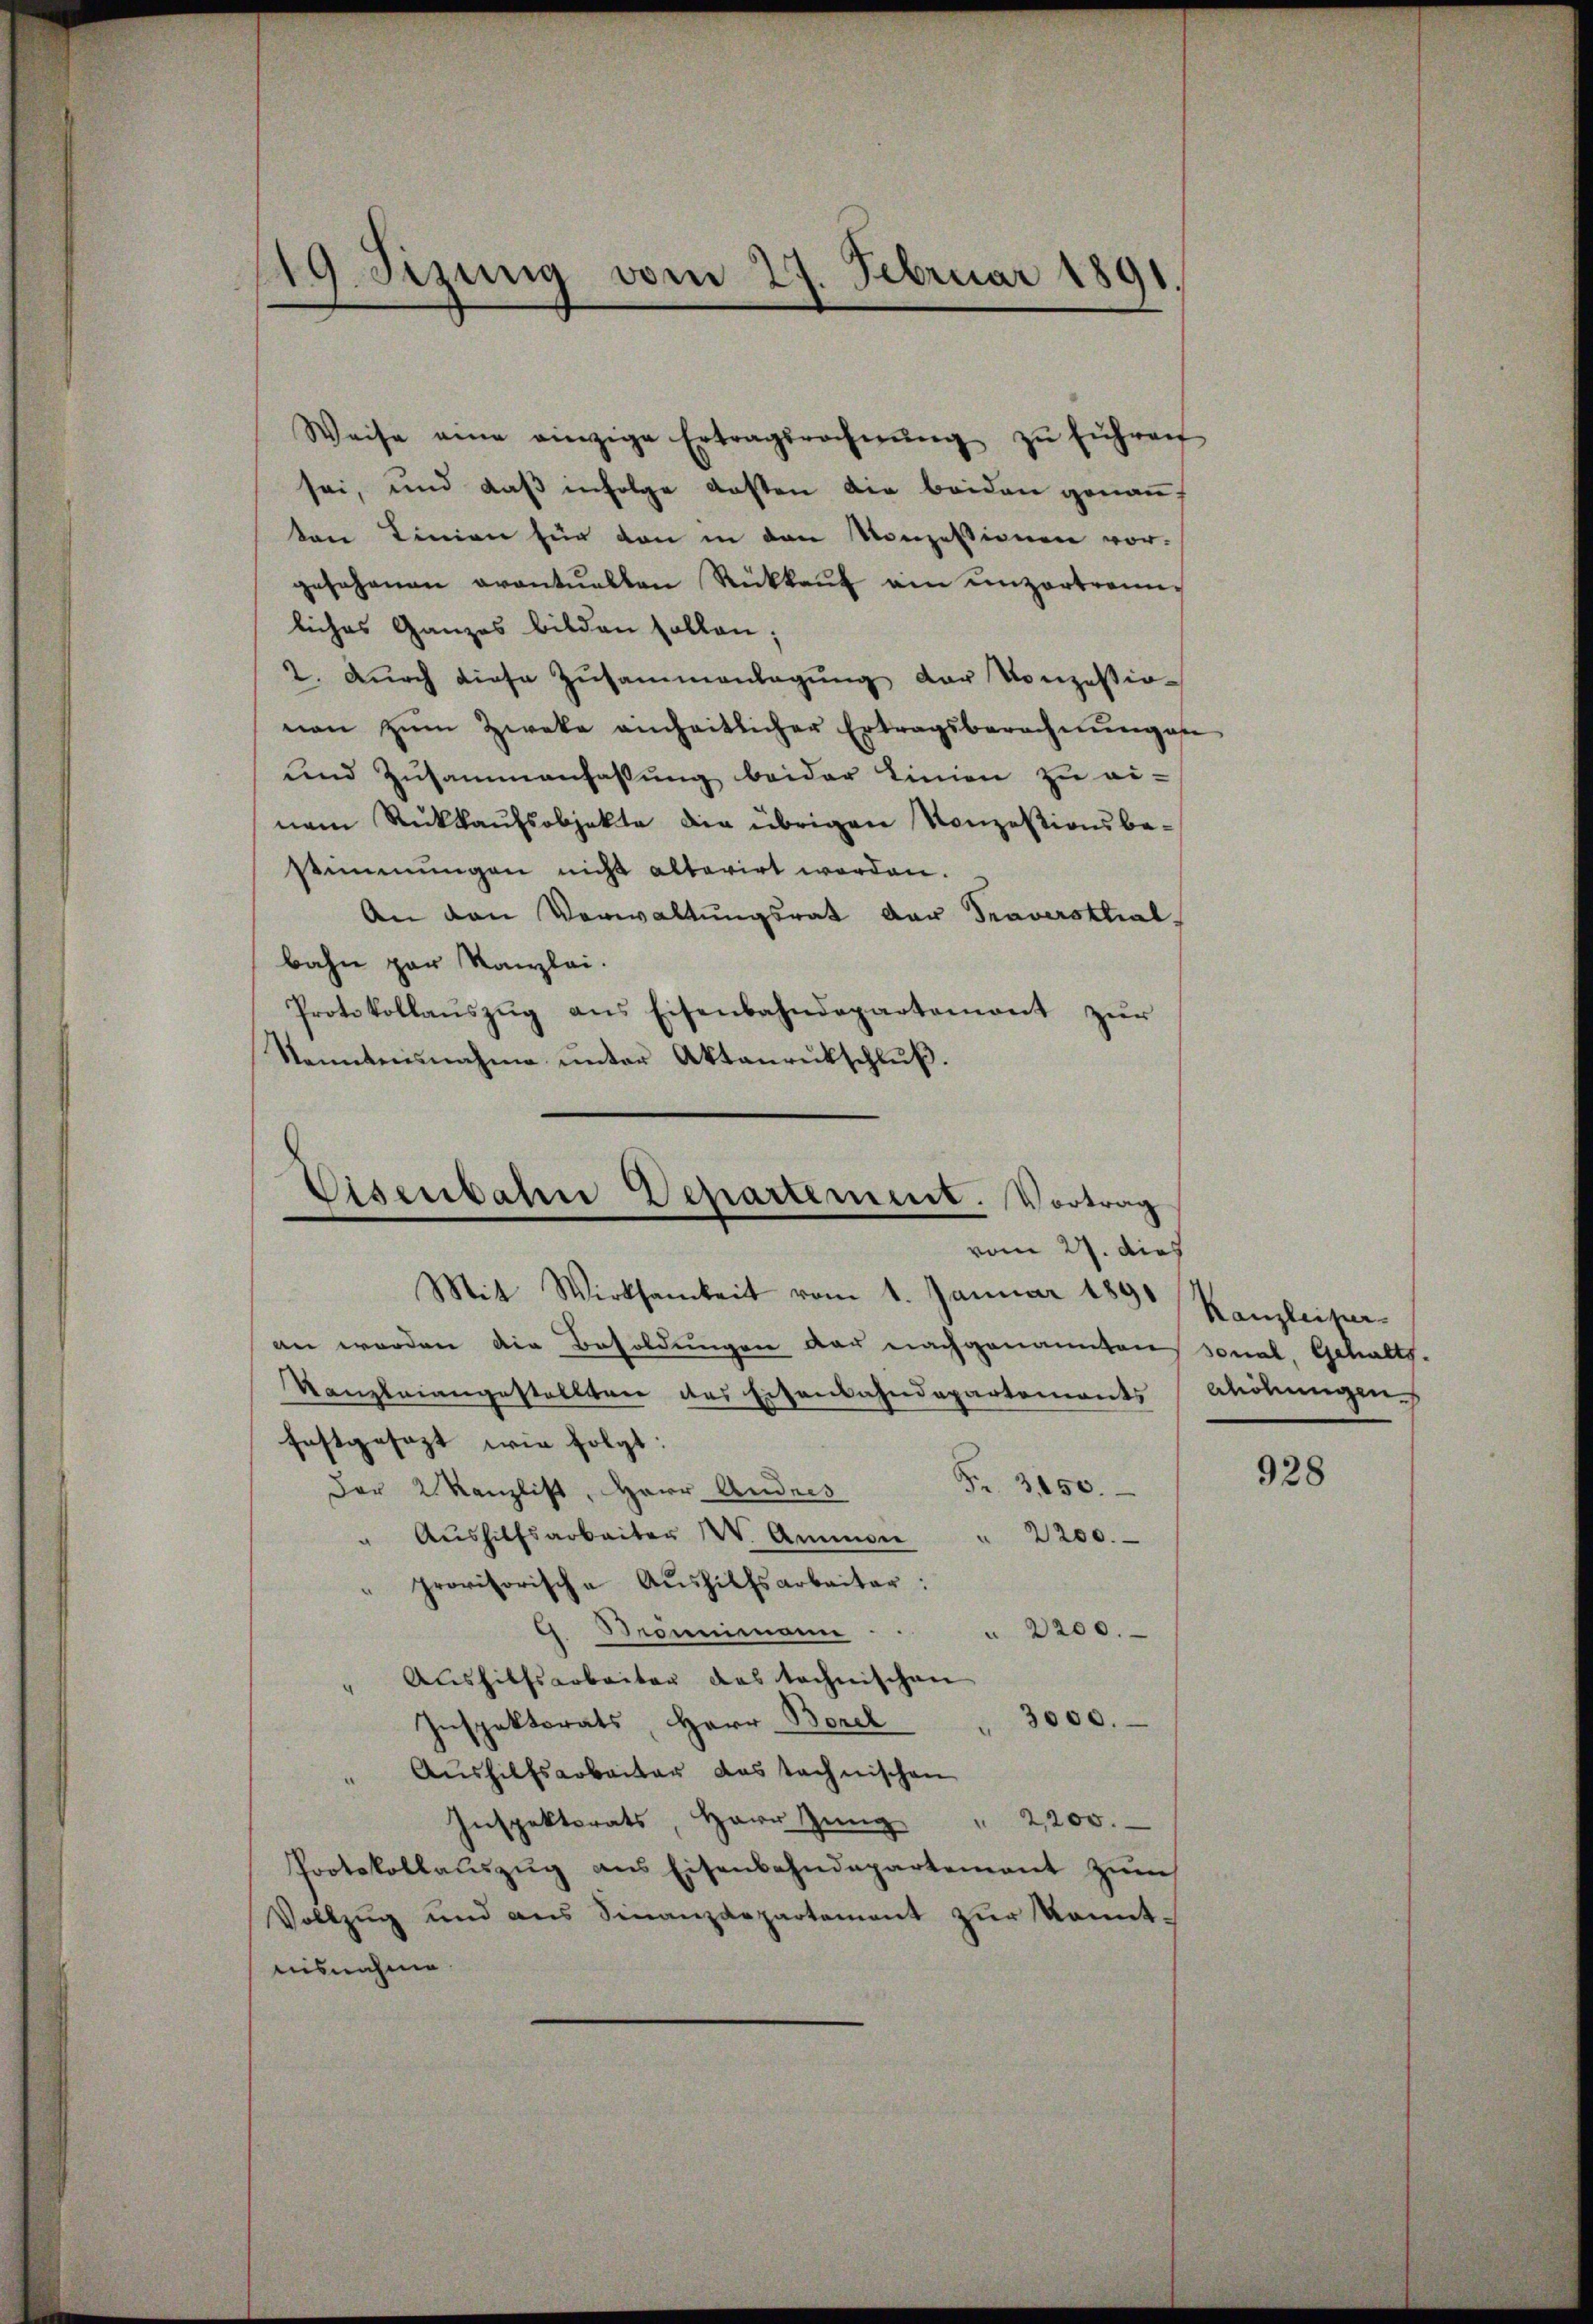
119. Sizung vom 27. Februar 1891

Weise eine einzige Ertragsrechnŭng zŭ führen
sei, und daß infolge Kosten die beiden genannten Linien für von in den Konzessionen vorgesehenen avantuellen Rückkaŭf ain unzertrennliches Ganzes bilden sollen;
2. Dŭrch diese Zusammenlagung der Konzessionen zŭm Zweke einheitlicher Ertragsberechnŭng an
und Zusammenfassŭng beider Linien zu ei-
nem Rückkaufsobjekte die übrigen Konzesionsbestimmungen nicht alterirt worden.
An den Verwaltungsrat der Traversthal,
bahn par Kanzlei.
Protokollaŭszŭg ans Eisenbahndepartement zŭr
Kanntensnahme unter Aktenrückschluß.

Visenbahne Departement. Vortrag
vom 27. dies

Mit Wirksamkeit vom 1. Januar 1890 Kanzleiper
an worden die Besoldungen der nachgenannten, sonal, Gehalts-
Kanzleiangestellten des Eisenbahndepartements Alobungen
festgesezt wie folgt:
Fr. 350.
Der 2 Kanzlist, Herr Andres
" Aŭshilfsarbeiter W. Ammon " 2200.
provisorische Aushilfsarbeiter:
9. Mannimann
 2200.
" Aushilfsarbeiter das technischen
3000.
Inspektorats, Herr Borck
Aushilfsarbeiter das technischen
Inspektorats, Herr Zŭng " 2200.
Protokollauszug aus Eisenbahndepartement zum
Vollzug und ans Finanzdepartement zŭr konntnisnahme

928